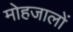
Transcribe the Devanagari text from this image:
मोहजालों